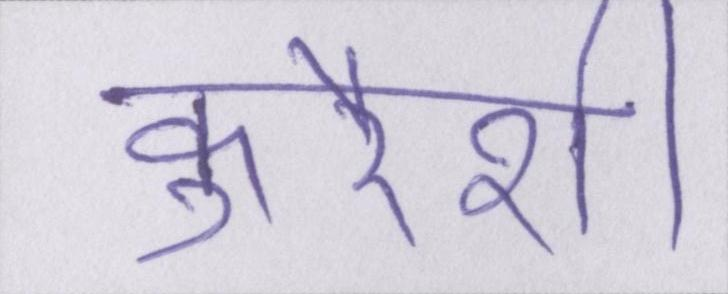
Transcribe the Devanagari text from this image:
कुरैशी